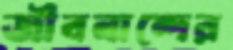
জীবনান্দের